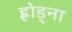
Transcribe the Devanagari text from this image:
ह्रोड्ना